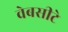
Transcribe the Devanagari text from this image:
वेबसीटे